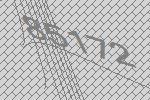
85172